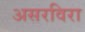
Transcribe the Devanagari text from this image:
असरविरा